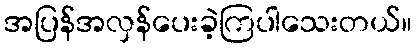
အပြန်အလှန်ပေးခဲ့ကြပါသေးတယ်။